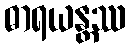
ဓာရယန္တဿ